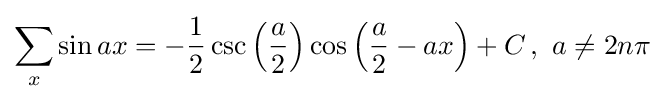
\sum _{x}\sin ax=-{\frac {1}{2}}\csc \left({\frac {a}{2}}\right)\cos \left({\frac {a}{2}}-ax\right)+C\,,\,\,a\neq 2n\pi